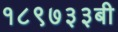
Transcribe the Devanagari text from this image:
१८९७३३बी